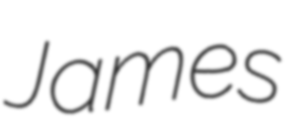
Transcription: James